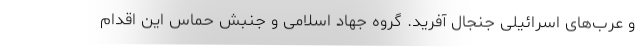
و عرب‌های اسرائیلی جنجال آفرید. گروه جهاد اسلامی و جنبش حماس این اقدام